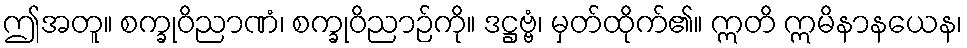
ဤအတူ။ စက္ခုဝိညာဏံ၊ စက္ခုဝိညာဉ်ကို။ ဒဋ္ဌဗ္ဗံ၊ မှတ်ထိုက်၏။ ဣတိ ဣမိနာနယေန၊